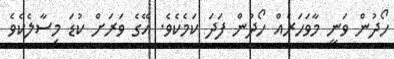
ހޯދުން ވަނީ މާވަހަރެއް ހޯދުން ފަދަ ކަމެކެވެ. އޭގެ ވަރަށް ކުޑަ މިސާލެކެވެ